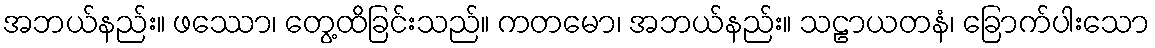
အဘယ်နည်း။ ဖဿော၊ တွေ့ထိခြင်းသည်။ ကတမော၊ အဘယ်နည်း။ သဠာယတနံ၊ ခြောက်ပါးသော